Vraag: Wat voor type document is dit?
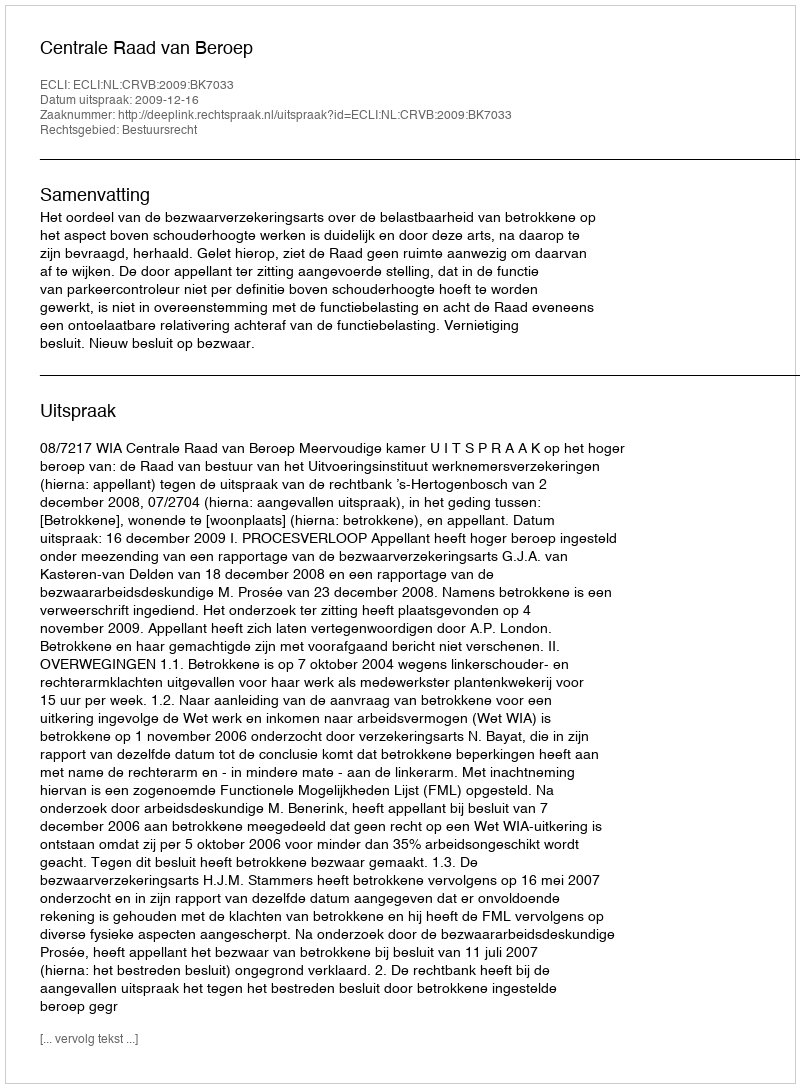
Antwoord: Uitspraak